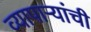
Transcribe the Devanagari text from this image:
व्यापाऱ्यांची